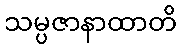
သမ္ပဇာနာထာတိ